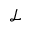
\mathscr { L }